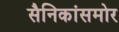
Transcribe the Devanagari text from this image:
सैनिकांसमोर